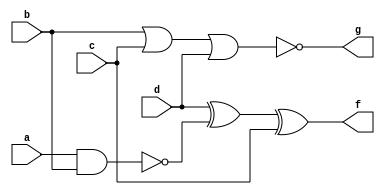
module exercise2i(a, b, c, d, f, g);
input a, b, c, d;
output f, g;

and(x1, a, b);
not(x2, x1);
xor(f, d, x2, c);

or(x3, b, c, d);
not(g, x3);

endmodule